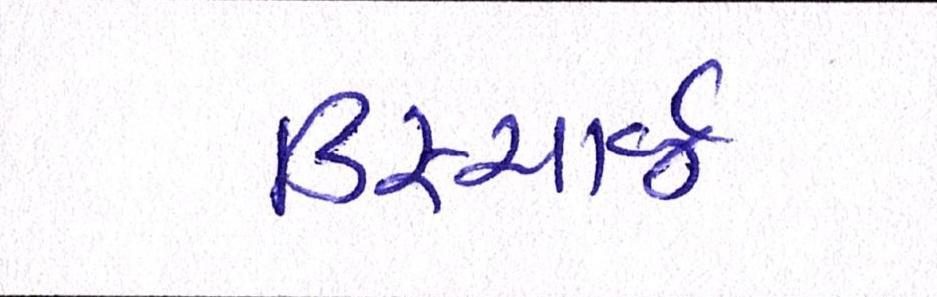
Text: ડિસ્ચાર્જ